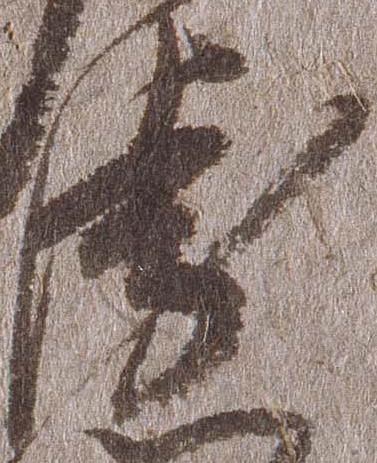
衛